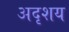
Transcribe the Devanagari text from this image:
अदृशय